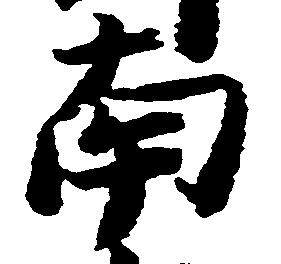
南